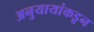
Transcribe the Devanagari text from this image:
अनुयायांकडून